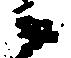
候